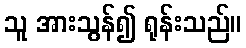
သူ အားသွန်၍ ရုန်းသည်။